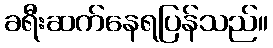
ခရီးဆက်နေရပြန်သည်။